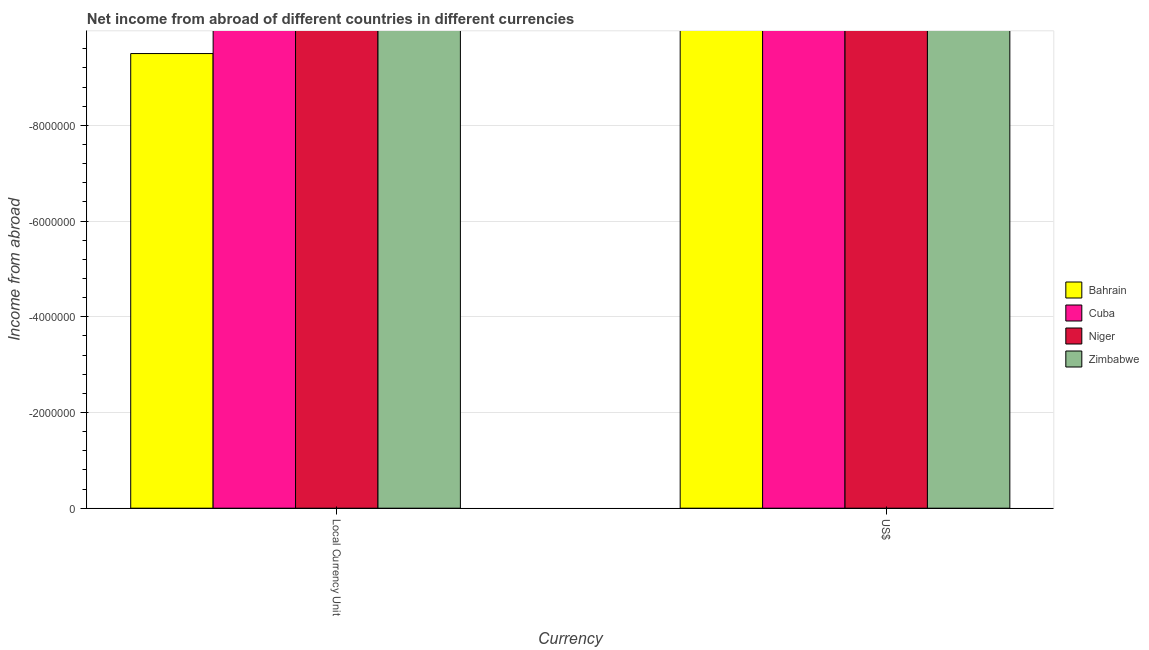
| Currency | Bahrain | Cuba | Niger | Zimbabwe |
 | --- | --- | --- | --- | --- |
 | Local Currency Unit | -9.5e+06 | -4.93e+08 | -1.45e+10 | -3.19e+08 |
 | US$ | -2.53e+07 | -4.93e+08 | -2.83e+07 | -3.19e+08 |